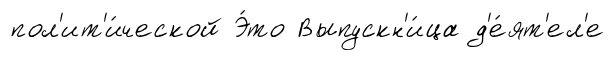
пол'ит'и́ческой Э́то Выпускн'и́ца д'е́ят'ел'е